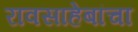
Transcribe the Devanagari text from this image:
रावसाहेबांचा